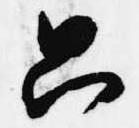
只